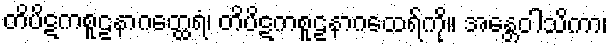
တိပိဋကစူဠနာဂတ္ထေရံ၊ တိပိဋကစူဠနာဂထေရ်ကို။ အန္တေဝါသိကာ၊